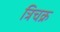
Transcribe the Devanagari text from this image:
त्रिचक्र